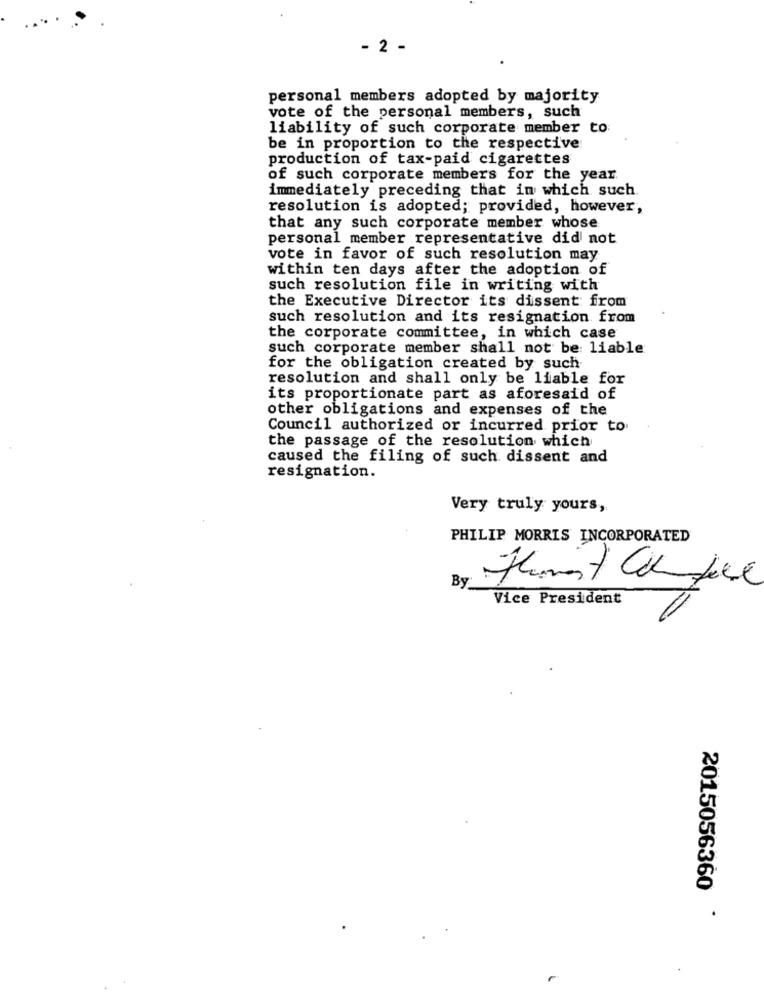
- 2 -
personal members adopted by majority
vote of the personal members, such
liability of such corporate member to
be in proportion to the respective
production of tax-paid cigarettes
of such corporate members for the year.
immediately preceding that in which such.
resolution is adopted; provided, however,
that any such corporate member whose
personal member representative did not
vote in favor of such resolution may
within ten days after the adoption of
such resolution file in writing with
the Executive Director its dissent: from
such resolution and its resignation from
the corporate committee, in which case
such corporate member shall not be liable
for the obligation created by such
resolution and shall only be liable for
its proportionate part as aforesaid of
other obligations and expenses of the
Council authorized or incurred prior to
the passage of the resolution which
caused the filing of such dissent and
resignation.
Very truly yours,
PHILIP MORRIS INCORPORATED
By
Vice President
2015056360